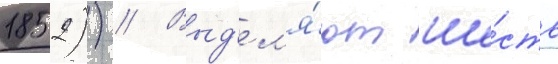
1852)) // Выд'ел'я́ют ше́сть